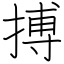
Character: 搏